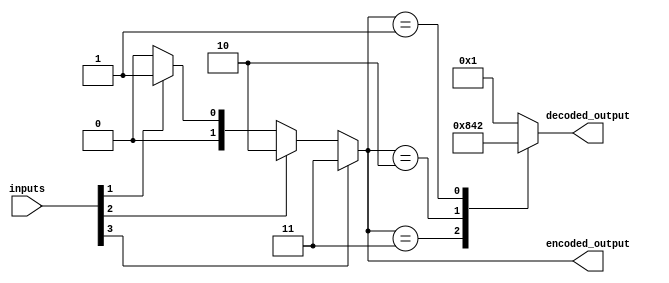
module priority_encoder_decoder(
    input [3:0] inputs,
    output reg [1:0] encoded_output,
    output reg [3:0] decoded_output
);

always @(*)
begin
    if(inputs[3] == 1)
        encoded_output = 2'b11;
    else if(inputs[2] == 1)
        encoded_output = 2'b10;
    else if(inputs[1] == 1)
        encoded_output = 2'b01;
    else
        encoded_output = 2'b00;
end

always @(*)
begin
    case(encoded_output)
        2'b11: decoded_output = 4'b1000;
        2'b10: decoded_output = 4'b0100;
        2'b01: decoded_output = 4'b0010;
        default: decoded_output = 4'b0001;
    endcase
end

endmodule